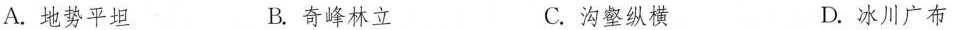
A.地势平坦 B.奇峰林立 C.沟壑纵横 D.冰川广布